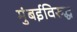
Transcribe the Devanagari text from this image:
मुंबईविरुद्ध